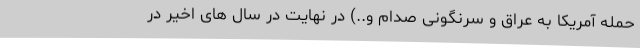
حمله آمریکا به عراق و سرنگونی صدام و..) در نهایت در سال های اخیر در